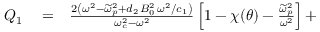
\begin{array} { r l r } { Q _ { 1 } } & { { } = } & { \frac { 2 \left( \omega ^ { 2 } - \widetilde { \omega } _ { p } ^ { 2 } + d _ { 2 } \, B _ { 0 } ^ { 2 } \, \omega ^ { 2 } / c _ { 1 } \right) } { \omega _ { c } ^ { 2 } - \omega ^ { 2 } } \left[ 1 - \chi ( \theta ) - \frac { \widetilde { \omega } _ { p } ^ { 2 } } { \omega ^ { 2 } } \right] + } \end{array}